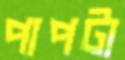
পাপটা